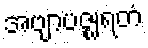
အဗျာပဇ္ဈရတံ